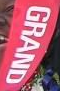
GRAND